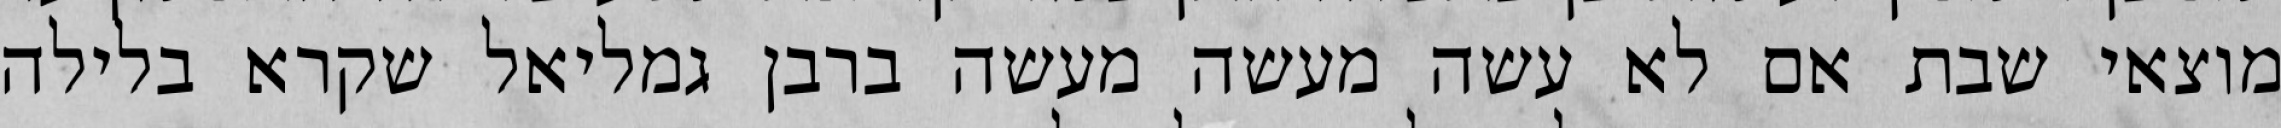
מוצאי שבת אם לא עשה מעשה מעשה ברבן גמליאל שקרא בלילה